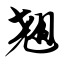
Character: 翘